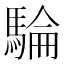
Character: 𩤇